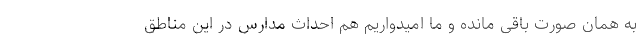
به همان صورت باقی مانده و ما امیدواریم هم احداث مدارس در این مناطق